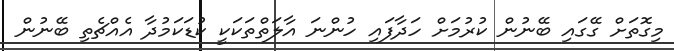
މިގޮތަށް ގޭގައި ބޭނުން ކުރުމަށް ހަދާފައި ހުންނަ އާލަތްތަކަކީ ކުޑަކަމުދާ އެއްޗެތި ބޭނުން